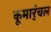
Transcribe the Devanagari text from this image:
कूमार्ंचल